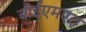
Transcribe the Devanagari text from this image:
बीईएमएल